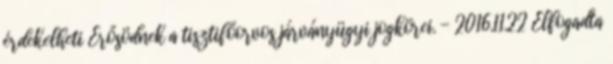
érdekelheti Erősödnek a tisztifőorvos járványügyi jogkörei. - 2016.11.22 Elfogadta